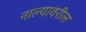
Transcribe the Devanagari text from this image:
नाल्यावरील